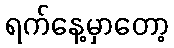
ရက်နေ့မှာတော့